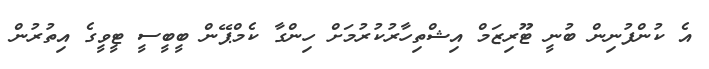
އެ ކުންފުނިން ބުނީ ޓޫރިޒަމް އިޝްތިހާރުކުރުމަށް ހިންގާ ކެމްޕޭން ބީބީސީ ޓީވީގެ އިތުރުން